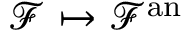
{ \mathcal { F } } \mapsto { \mathcal { F } } ^ { \mathrm { a n } }